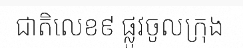
ជាតិលេខ៩ ផ្លូវចូលក្រុង